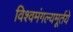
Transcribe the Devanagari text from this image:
विश्वमंगल्यमूर्तये